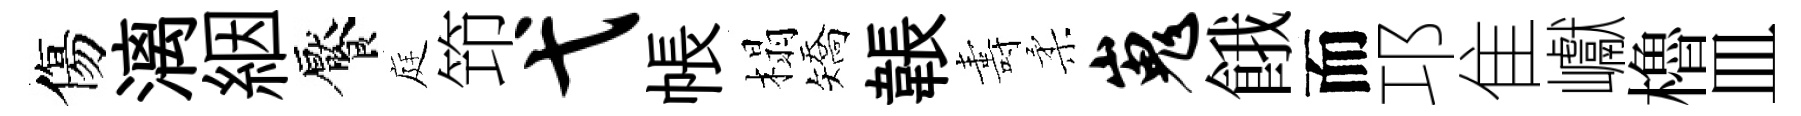
傷漓絪饜庭笻弋帳榻矯韔夀柔嵬餓而邛隹巘櫓皿